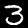
Label: 3